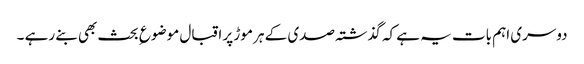
دوسری اہم بات یہ ہے کہ گذشتہ صدی کے ہر موڑ پر اقبال موضوع ِ بحث بھی بنے رہے ۔